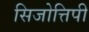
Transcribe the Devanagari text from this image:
सिजोत्तिपी